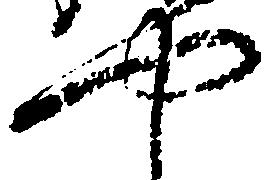
や